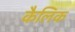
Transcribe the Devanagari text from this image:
कैलिक